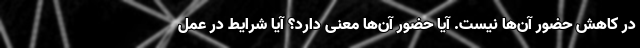
در کاهش حضور آن‌ها نیست. آیا حضور آن‌ها معنی دارد؟ آیا شرایط در عمل